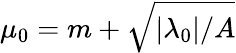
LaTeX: \mu_{0}=m+\sqrt{|\lambda_{0}|/A}